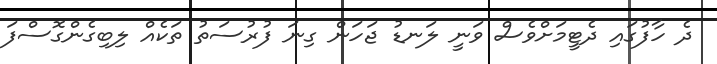
ދެ ހާފުގައި ދެޓީމަށްވެސް ވަނީ ލަނޑު ޖަހަން ގިނަ ފުރުސަތު ތަކެއް ލިބިގެންގޮސްފަ